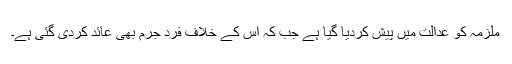
ملزمہ کو عدالت میں پیش کردیا گیا ہے جب کہ اس کے خلاف فرد جرم بھی عائد کردی گئی ہے۔